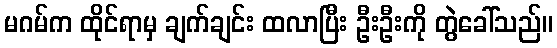
မဂမ်က ထိုင်ရာမှ ချက်ချင်း ထလာပြီး ဦးဦးကို တွဲခေါ်သည်။